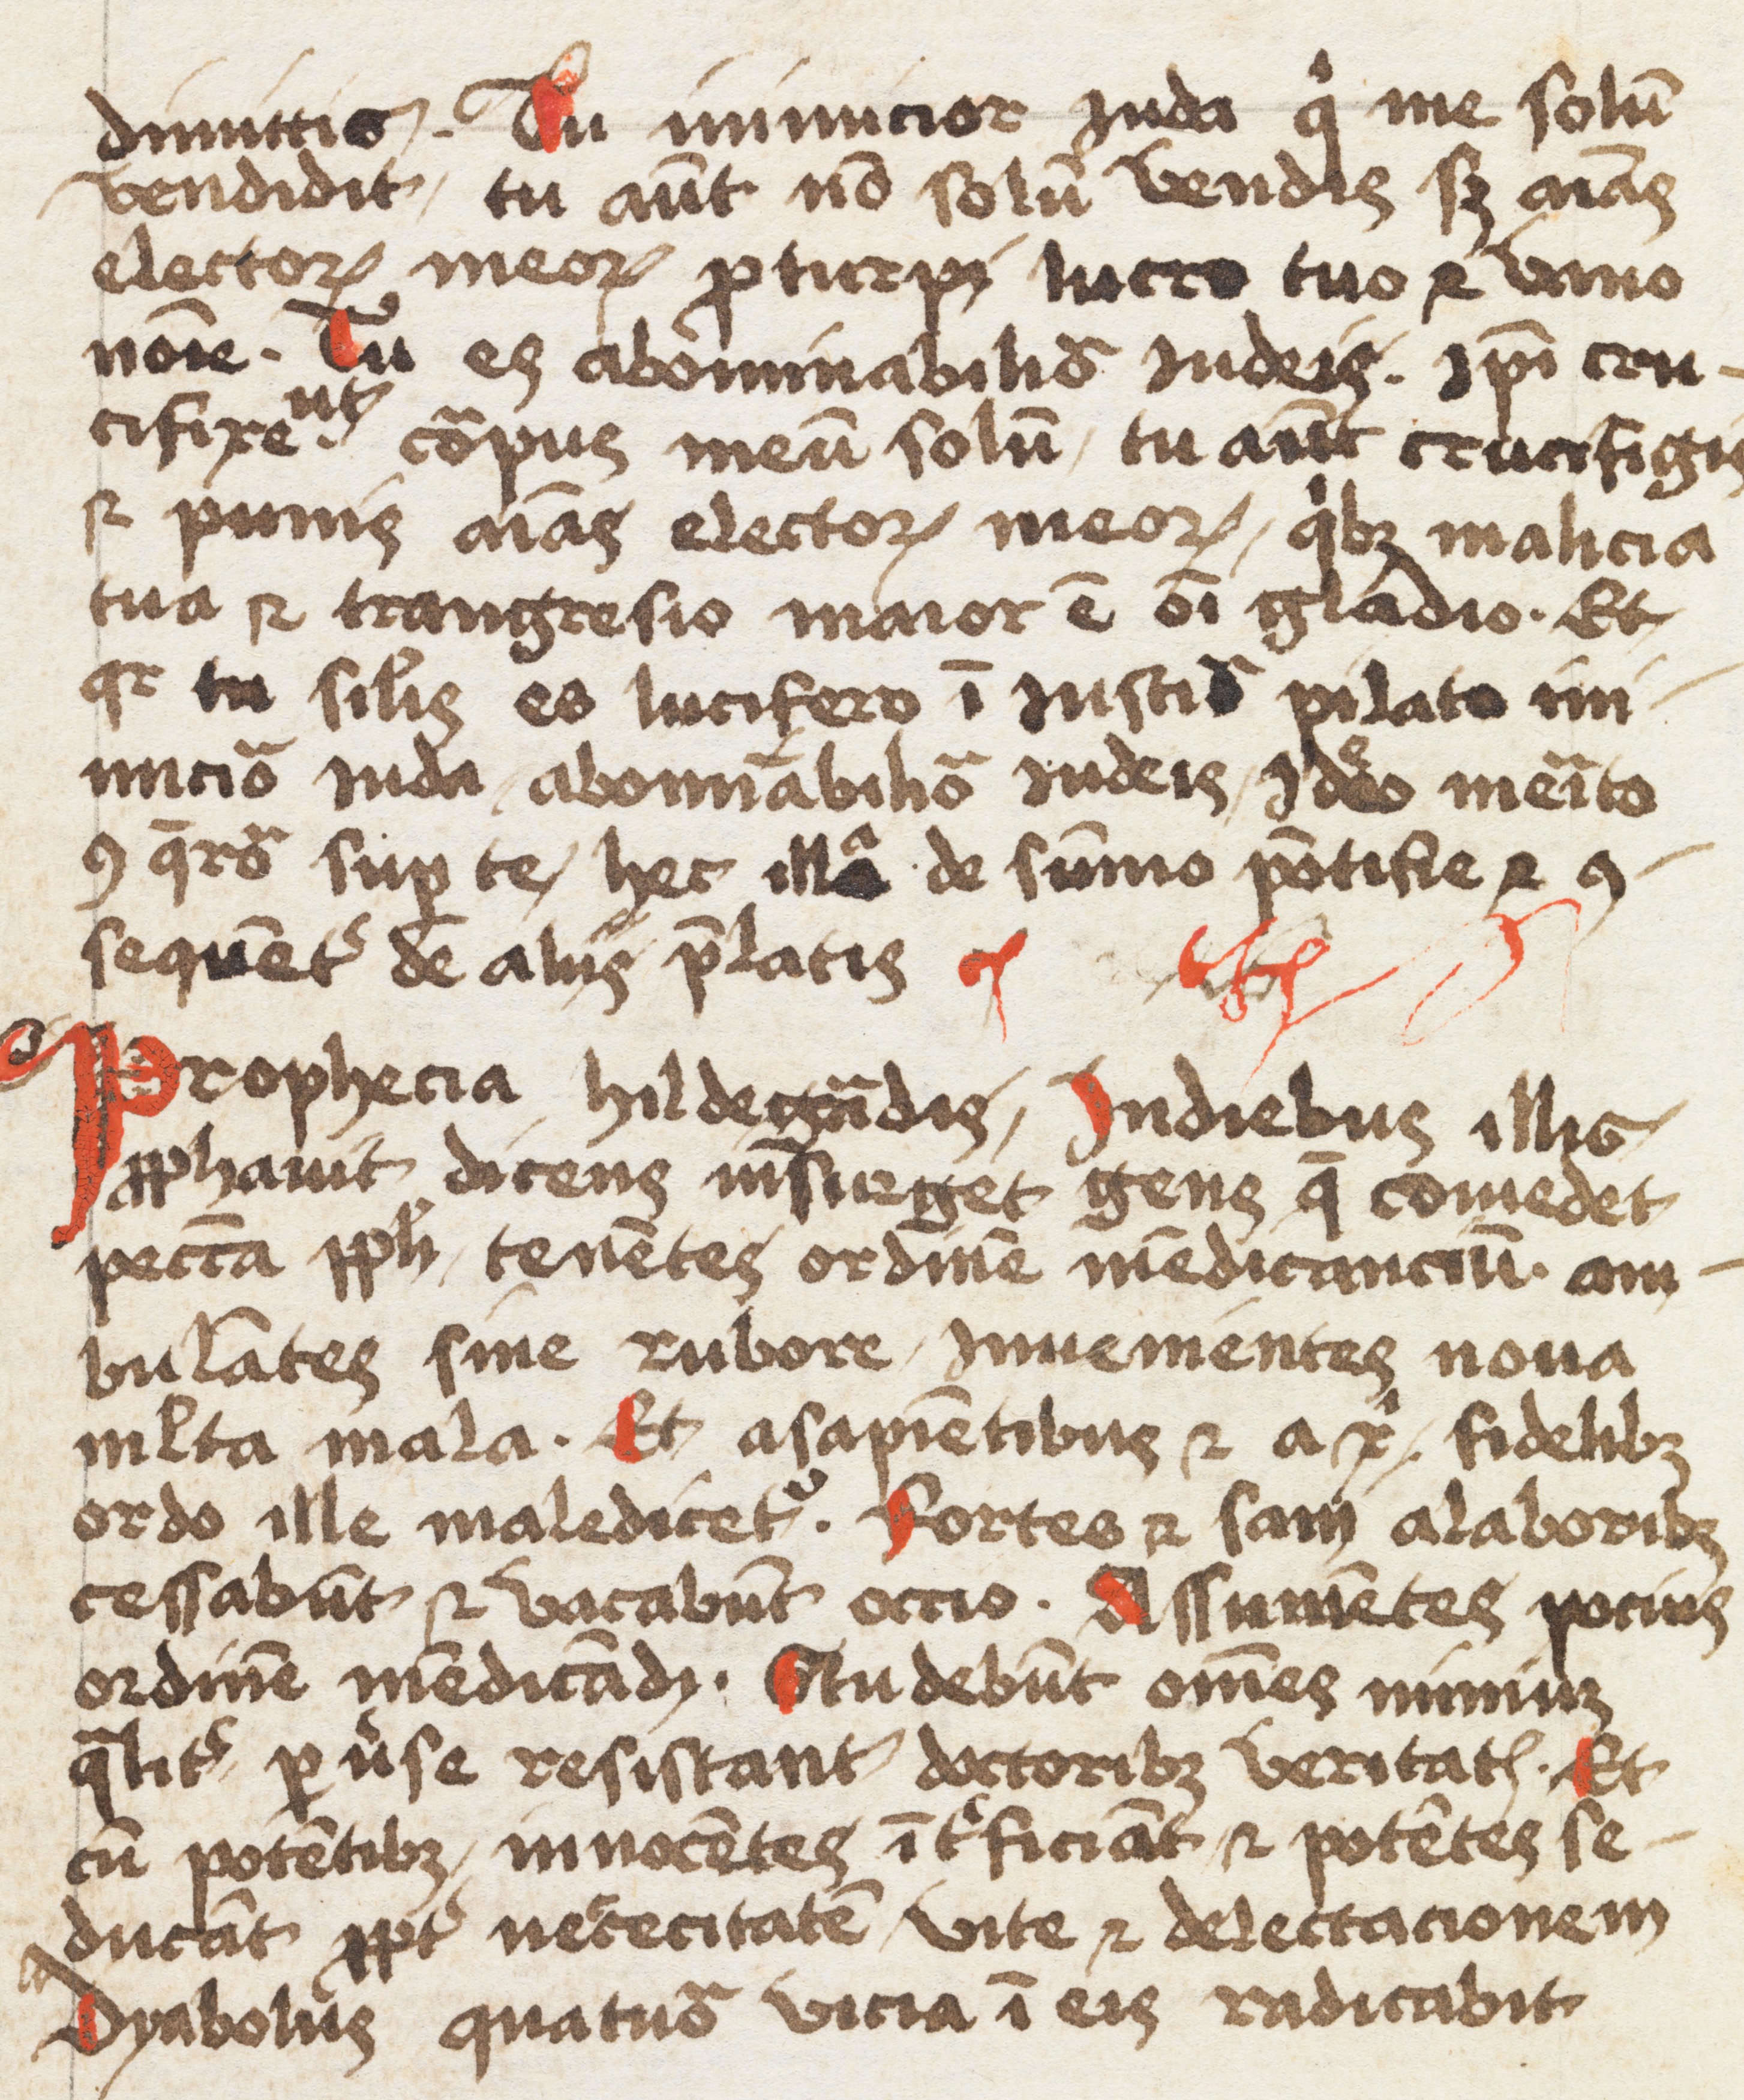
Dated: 1500–1599